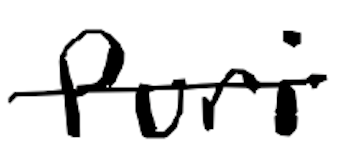
Text: Puri
Cross-out: mix
Writing tool: digital_black